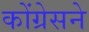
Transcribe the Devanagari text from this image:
कोंग्रेसने